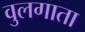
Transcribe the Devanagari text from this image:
वुलगाता